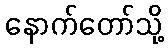
နောက်တော်သို့